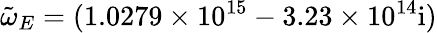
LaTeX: \tilde{\omega}_{E}=(1.0279\times 10^{15}-3.23\times 10^{14}\mathrm{{i})}